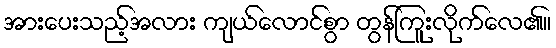
အားပေးသည့်အလား ကျယ်လောင်စွာ တွန်ကြူးလိုက်လေ၏။